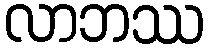
လာဘဿ